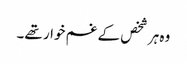
وہ ہر شخص کے غم خوار تھے۔